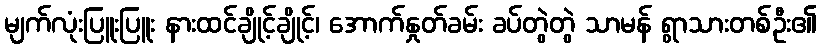
မျက်လုံးပြူးပြူး နားထင်ချိုင့်ချိုင့်၊ အောက်နှုတ်ခမ်း ခပ်တွဲတွဲ သာမန် ရွာသားတစ်ဦး၏